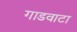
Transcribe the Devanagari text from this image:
गाडवाटा